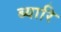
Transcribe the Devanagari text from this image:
ब्यारि